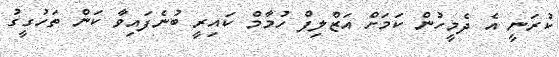
ކުރަނީ އެ ދެމީހުން ކަމަށް އަޒްލިފް ހުމާމް ކައިރީ ބުނެފައިވާ ކަން ތަހުގީގު